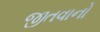
જીતવાનો